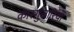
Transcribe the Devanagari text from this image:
कारग़ुज़ारियों